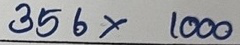
356 x 1000